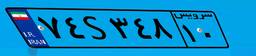
۷۴S۳۴۸۱۰